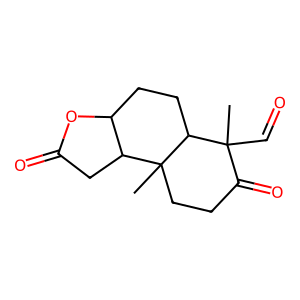
SMILES: CC1(C=O)C(=O)CCC2(C)C3CC(=O)OC3CCC12
Inhibits HIV replication: No